Eesti_Rahvusfond, lk 108
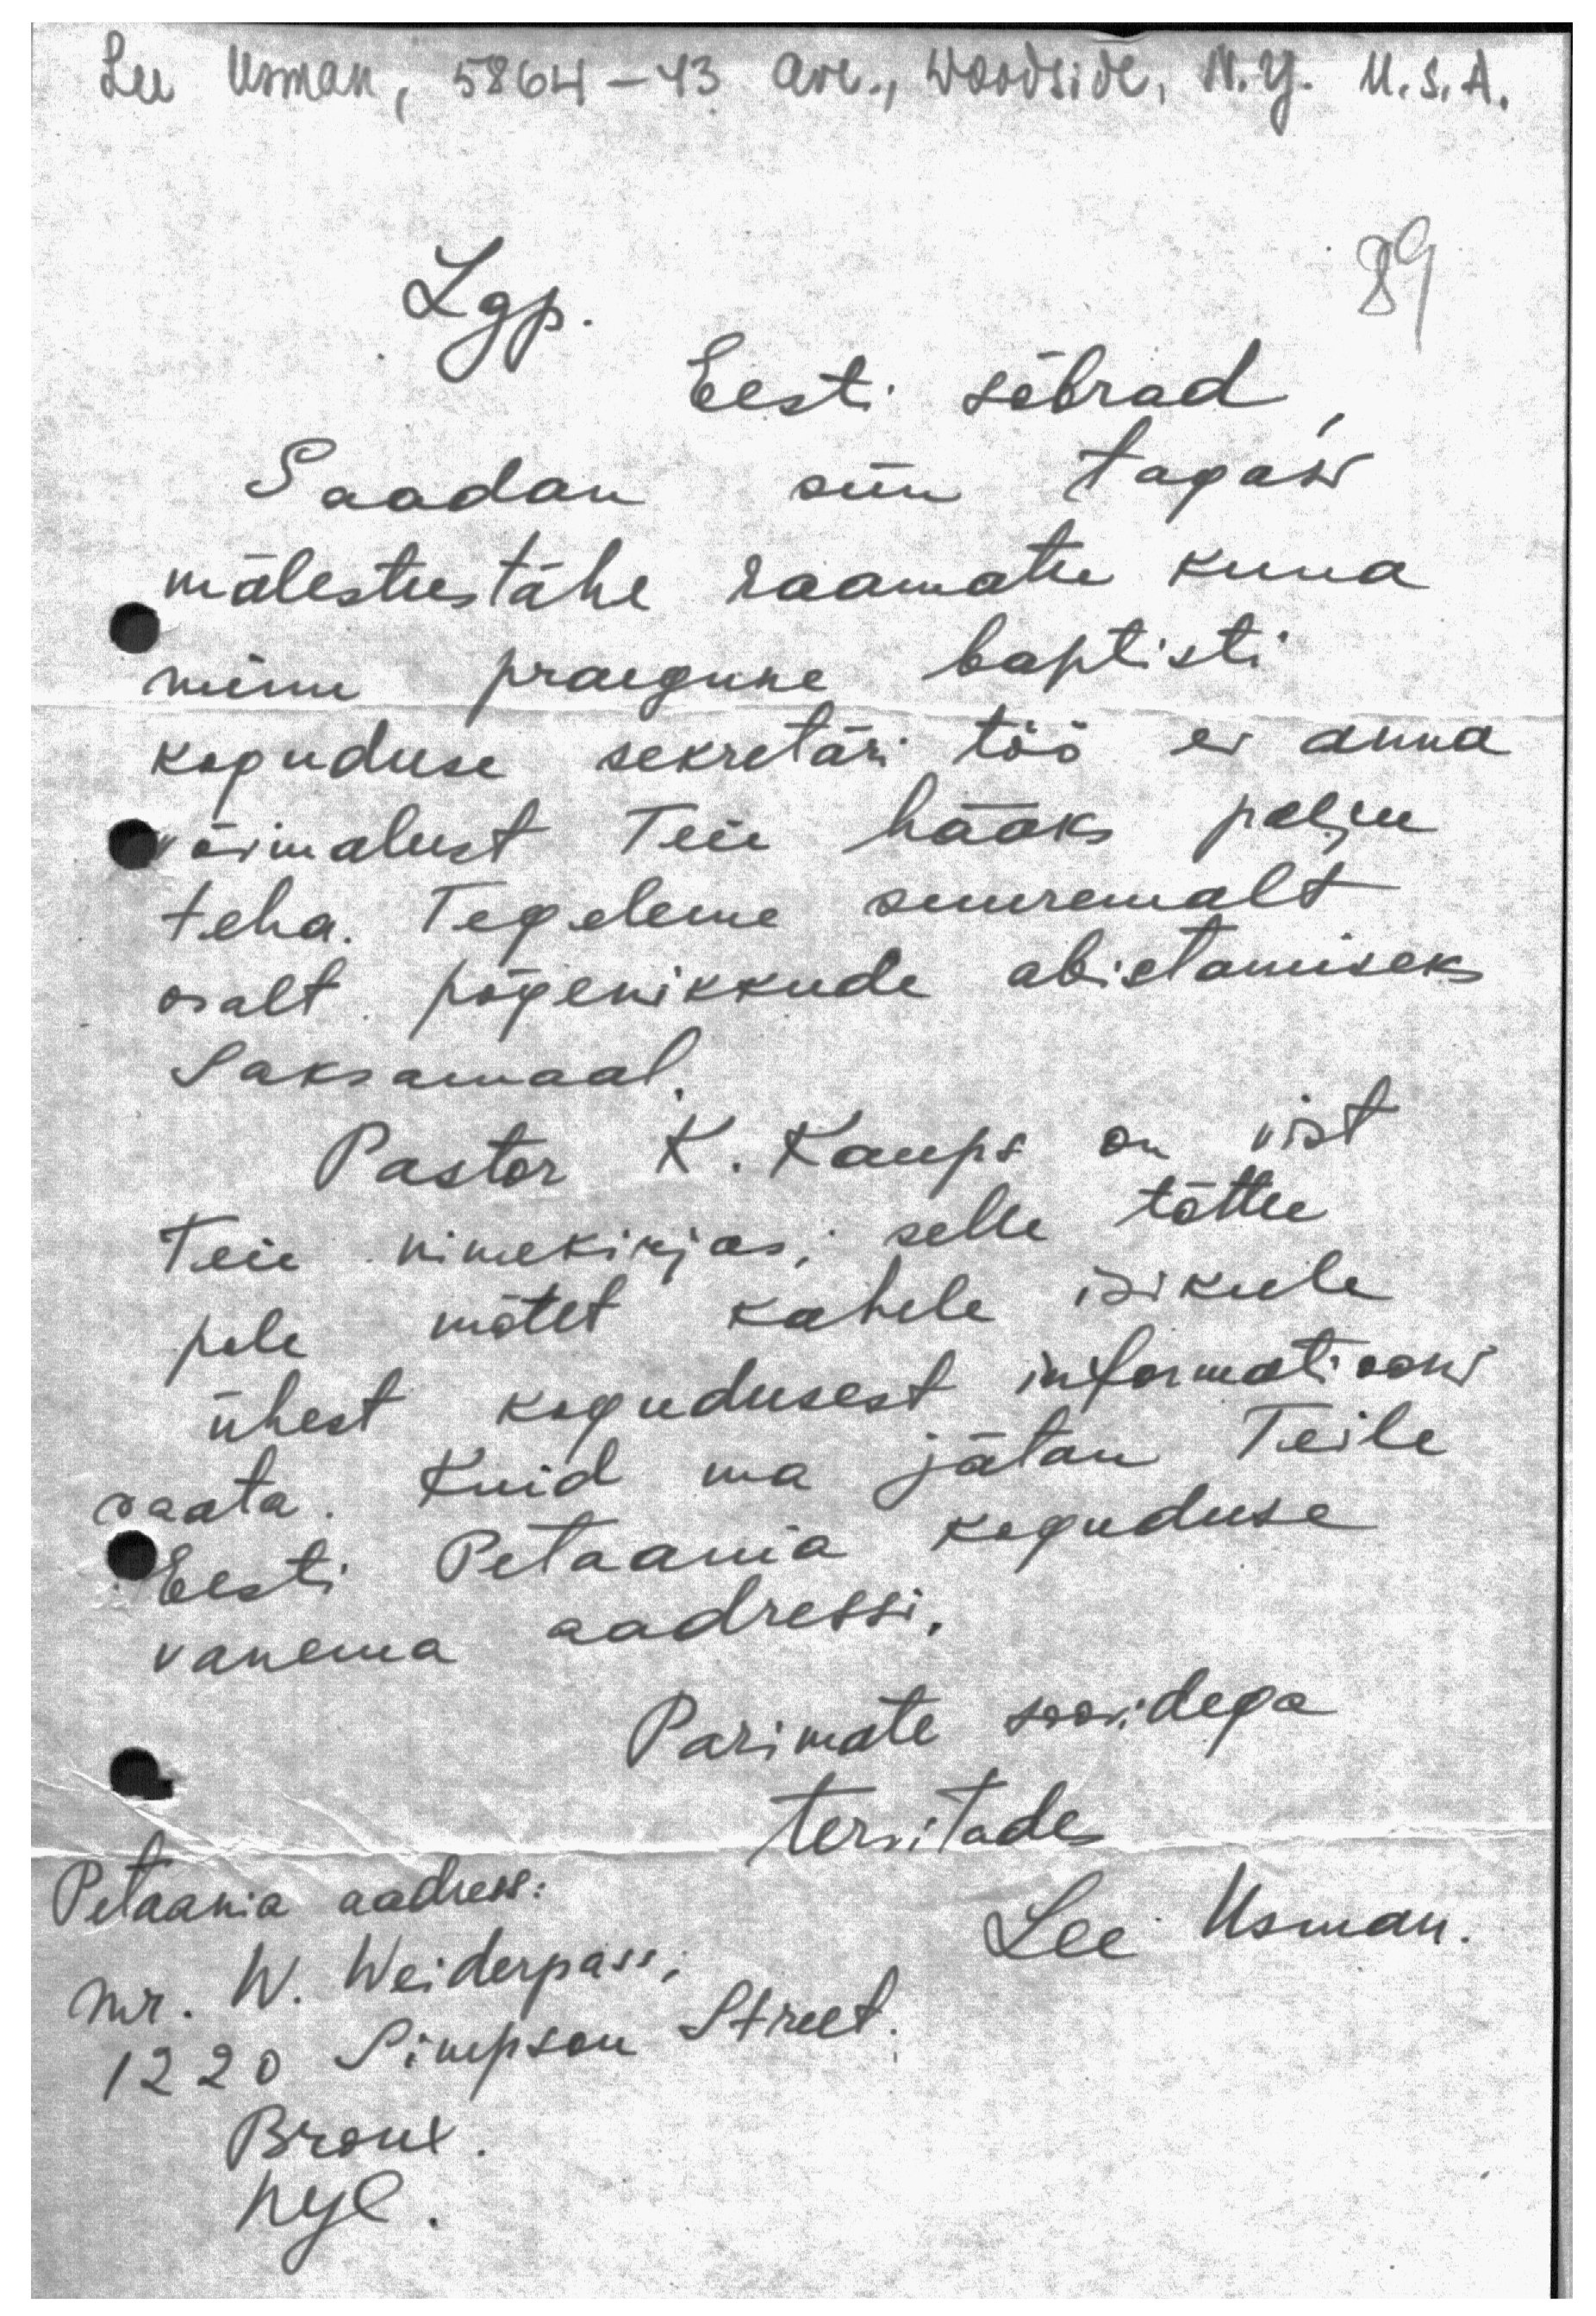
Lee Usman, 5864 -43 Ave., Woodside, N. Y. U. S. A.

89

Lgp.
Eesti sõbrad
Saadan siin tagasi
mälestustähe raamatu kuna
minu praegune baptisti
koguduse sekretäri töö ei anna
võimalust Teie hääks palju
teha. Tegeleme suuremalt
osalt põgenikkude abistamiseks
Saksamaal.
Pastor K. Kaups on vist
Teie nimekirjas; selle tõttu
pole mõtet kahele isikule
ühest kogudusest informatiooni
saata. Kuid ma jätan Teile
Eesti Petaania koguduse
vanema aadressi,
Parimate soovidega
tervitades
Lee Usman.
Petaania aadress:
Mr. W. Weiderpass,
1220 Simpson Street.
Bronx
NYC.